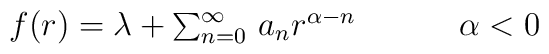
\begin{array}{cc}f(r)=\lambda+\sum^{\infty}_{n=0}\,a_{n}r^{\alpha-n}~~~~~&~~\alpha <0\end{array}